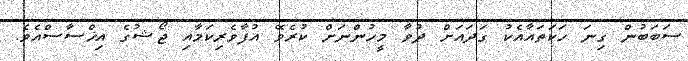
ސަބަބުން ގިނަ ހަކަތައާއެކު ގަދައަށް ދުވާ މީހުންނަށް ކުރެވޭ އުފާވެރިކަމާއި ޖޯޝުގެ އިޚްސާސްއެވެ.